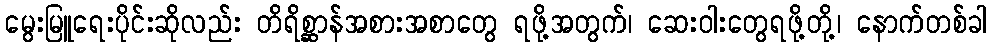
မွေးမြူရေးပိုင်းဆိုလည်း တိရိစ္ဆာန်အစားအစာတွေ ရဖို့အတွက်၊ ဆေးဝါးတွေရဖို့တို့၊ နောက်တစ်ခါ